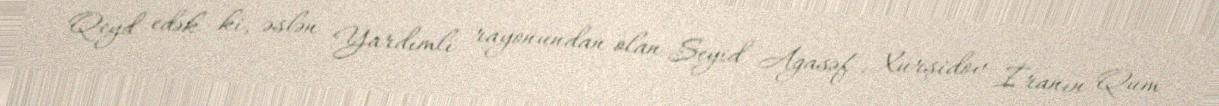
Qeyd edək ki, əslən Yardımlı rayonundan olan Seyid Ağasəf Xurşidov İranın Qum